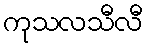
ကုသလသီလီ